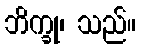
ဘိက္ခု၊ သည်။